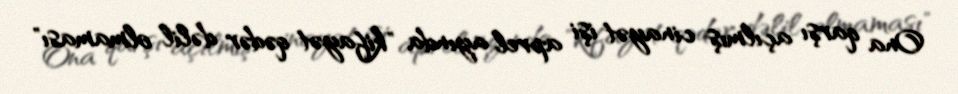
Ona qarşı açılmış cinayət işi aprel ayında "kifayət qədər dəlil olmaması"